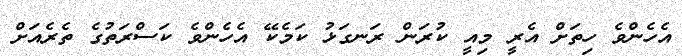
އެހެންވެ ހިތަށް އެރީ މިއީ ކުރަން ރަނގަޅު ކަމެކޭ އެހެންވެ ކަސްރަތުގެ ތެރެއަށް